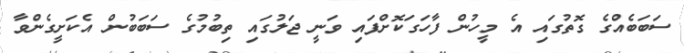
ސަބަބެއްގެ ގޮތުގައި އެ މީހުން ފާހަގަކޮށްފައި ވަނީ ޖަލުގައި ތިބުމުގެ ސަބަބުން އެކަށީގެންވާ